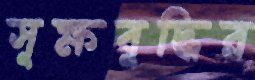
সূক্ষবুদ্ধির